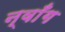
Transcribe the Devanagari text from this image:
न्वाँग